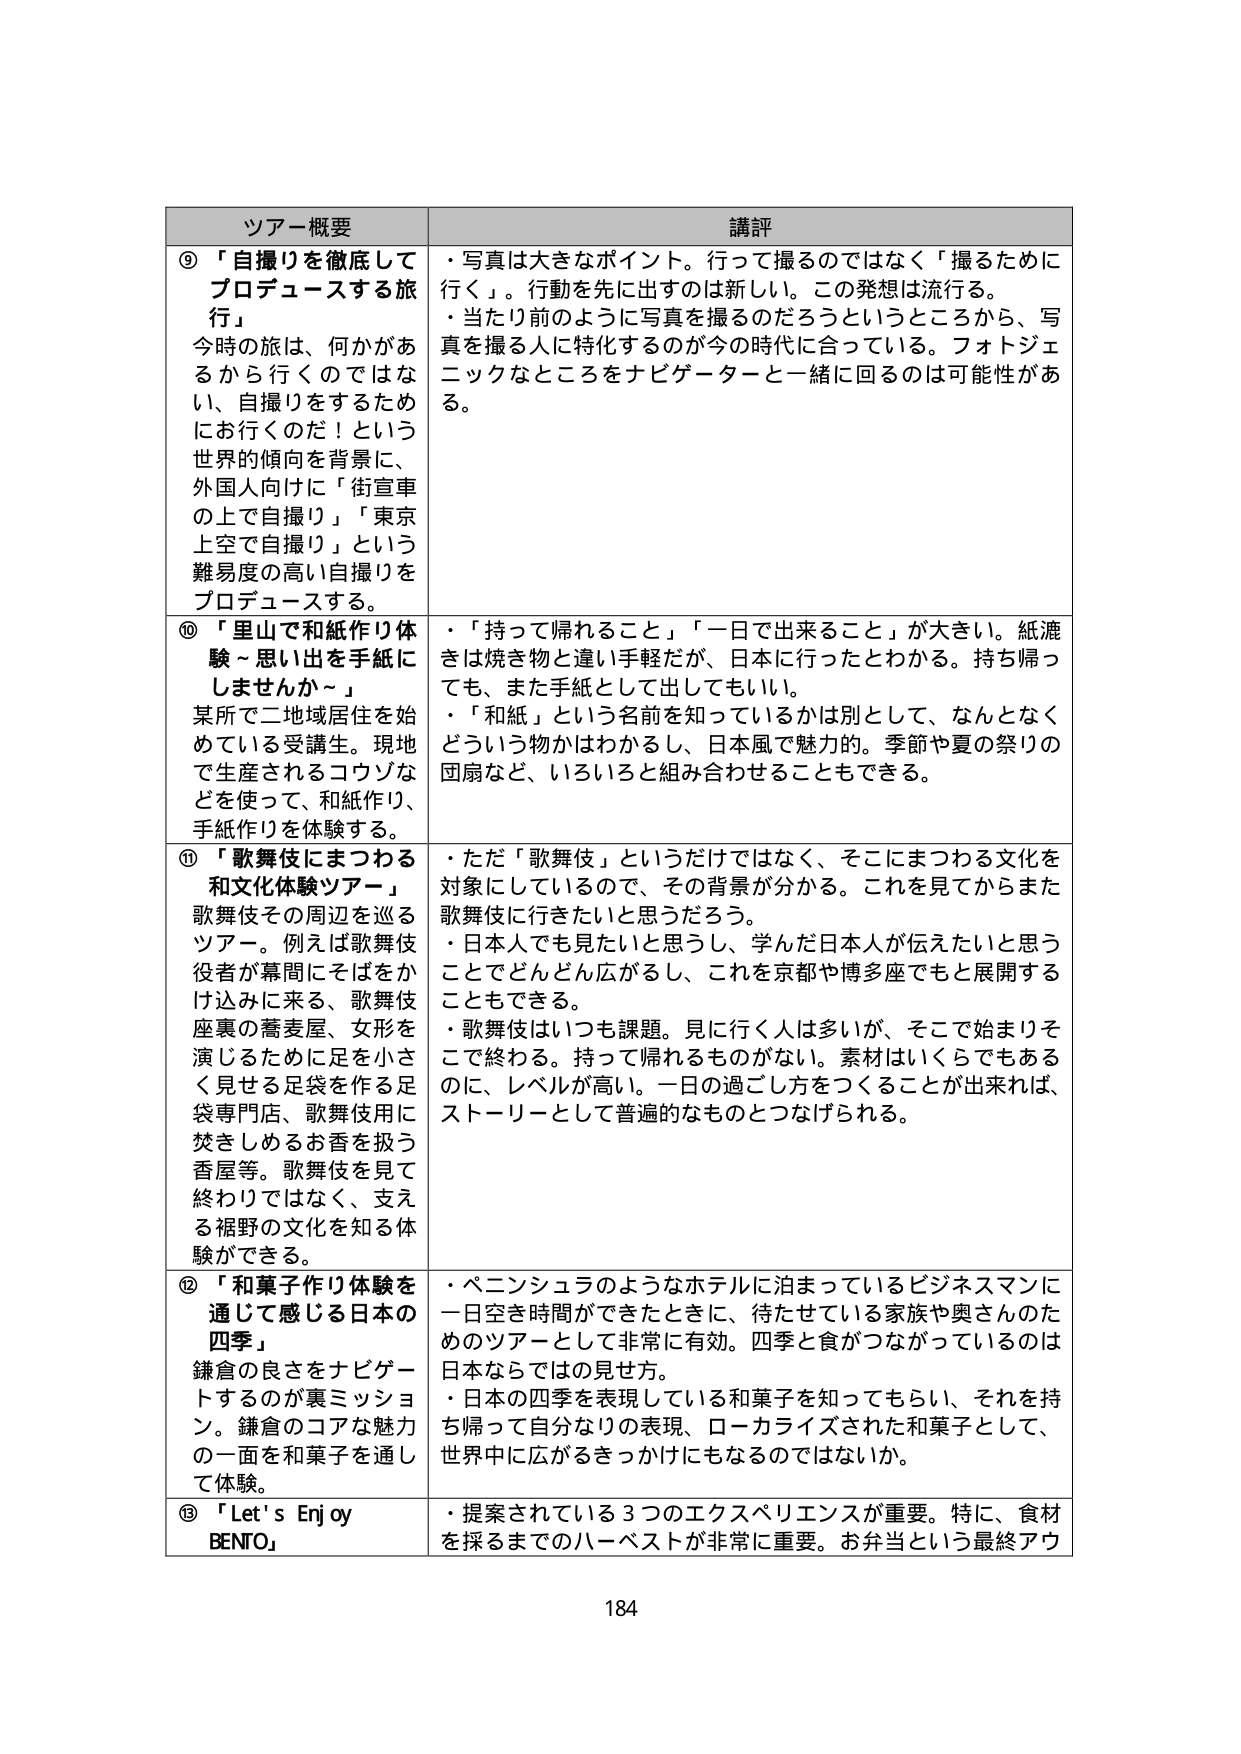
ツアー概要 講評
⑨ 「自撮りを徹底してプロデュースする旅行」
今時の旅は、何かがあるから行くのではなく、自撮りをするためにお行くのだ！という世界的傾向を背景に、外国人向けに「街宣車の上で自撮り」「東京上空で自撮り」という難易度の高い自撮りをプロデュースする。
・写真は大きなポイント。行って撮るのではなく「撮るために行く」。行動を先に出すのは新しい。この発想は流行る。
・当たり前のように写真を撮るのだろうというところから、写真を撮る人に特化するのが今の時代に合っている。フォトジェニックなところをナビゲーターと一緒に回るのは可能性がある。

⑩ 「里山で和紙作り体験～思い出を手紙にしませんか～」
某所で二地域居住を始めている受講生。現地で生産されるコウゾなどを使って、和紙作り、手紙作りを体験する。
・「持って帰れること」「一日で出来ること」が大きい。紙漉きは焼き物と違い手軽だが、日本に行ったとわかる。持ち帰っても、また手紙として出してもいい。
・「和紙」という名前を知っているかは別として、なんとなくどういう物かはわかるし、日本風で魅力的。季節や夏の祭りの団扇など、いろいろと組み合わせることもできる。

⑪ 「歌舞伎にまつわる和文化体験ツアー」
歌舞伎その周辺を巡るツアー。例えば歌舞伎役者が幕間にそばをかけ込みに来る、歌舞伎座裏の蕎麦屋、女形を演じるために足を小さく見せる足袋を作る足袋専門店、歌舞伎用に焚きしめるお香を扱う香屋等。歌舞伎を見て終わりではなく、支える裾野の文化を知る体験ができる。
・ただ「歌舞伎」というだけではなく、そこにまつわる文化を対象にしているので、その背景が分かる。これを見てからまた歌舞伎に行きたいと思うだろう。
・日本人でも見たいと思うし、学んだ日本人が伝えたいと思うことでどんどん広がるし、これを京都や博多座でも展開することもできる。
・歌舞伎はいつも課題。見に行く人は多いが、そこで始まりそこで終わる。持って帰れるものがない。素材はいくらでもあるのに、レベルが高い。一日の過ごし方をつくることが出来れば、ストーリーとして普遍的なものとつなげられる。

⑫ 「和菓子作り体験を通じて感じる日本の四季」
鎌倉の良さをナビゲートするのが裏ミッション。鎌倉のコアな魅力の一面を和菓子を通して体験。
・ベニンシュラのようなホテルに泊まっているビジネスマンに一日空き時間ができたときに、待たせている家族や奥さんのためのツアーとして非常に有効。四季と食がつながっているのは日本なのはその見せ方。
・日本の四季を表現している和菓子を知ってもらい、それを持ち帰って自分なりの表現、ローカライズされた和菓子として、世界中に広がるきっかけにもなるのではないか。

⑬ 「Let's Enjoy BENTO」
・提案されている3つのエクスペリエンスが重要。特に、食材を採るまでのハーベストが非常に重要。お弁当という最終アウ

184